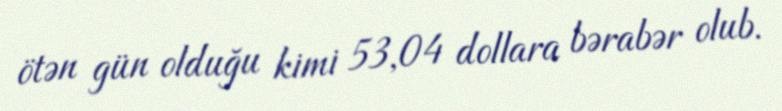
ötən gün olduğu kimi 53,04 dollara bərabər olub.